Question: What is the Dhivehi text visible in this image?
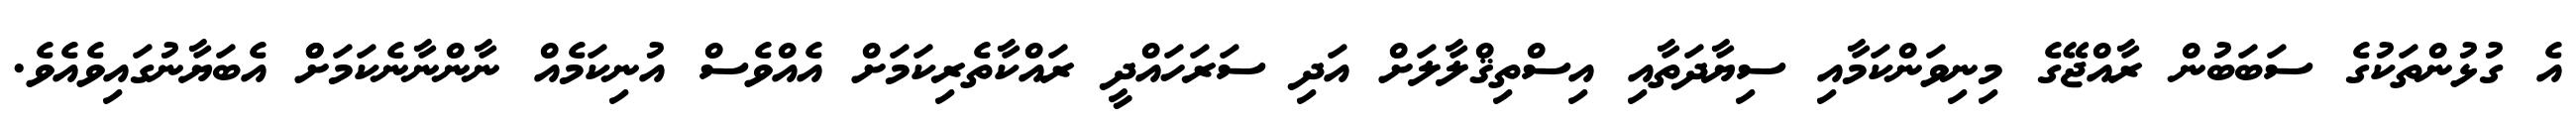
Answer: އެ ގުޅުންތަކުގެ ސަބަބުން ރާއްޖޭގެ މިނިވަންކަމާއި ސިޔާދަތާއި އިސްތިޤްލާލަށް އަދި ސަރަހައްދީ ރައްކާތެރިކަމަށް އެއްވެސް އުނިކަމެއް ނާންނާނެކަމަށްް އެބަޔާނުގައިވެއެވެ.